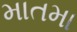
માતમા